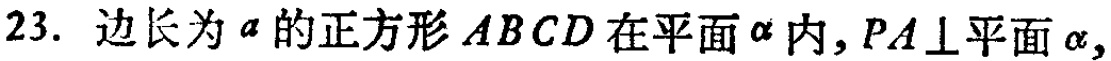
23. 边长为\(a\)的正方形\(ABCD\)在平面\(\alpha\)内，\(PA\perp\)平面\(\alpha\)，